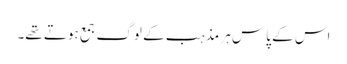
اس کے پاس ہر مذہب کے لوگ جمع ہوتے تھے۔